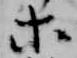
等